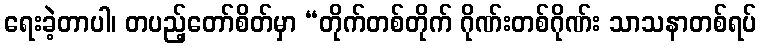
ရေးခဲ့တာပါ၊ တပည့်တော်စိတ်မှာ “တိုက်တစ်တိုက် ဂိုဏ်းတစ်ဂိုဏ်း သာသနာတစ်ရပ်